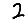
Digit: 2